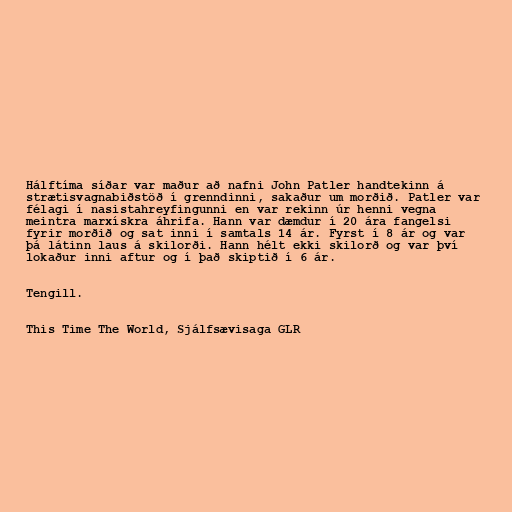
Hálftíma síðar var maður að nafni John Patler handtekinn á
strætisvagnabiðstöð í grenndinni, sakaður um morðið. Patler var
félagi í nasistahreyfingunni en var rekinn úr henni vegna
meintra marxískra áhrifa. Hann var dæmdur í 20 ára fangelsi
fyrir morðið og sat inni í samtals 14 ár. Fyrst í 8 ár og var
þá látinn laus á skilorði. Hann hélt ekki skilorð og var því
lokaður inni aftur og í það skiptið í 6 ár.

Tengill.

This Time The World, Sjálfsævisaga GLR